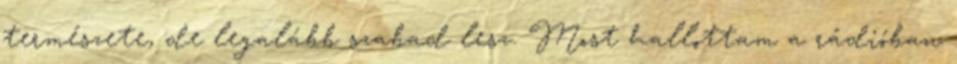
természete, de legalább szabad lesz. Most hallottam a rádióban